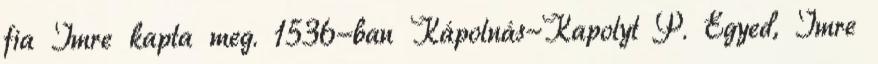
fia Imre kapta meg. 1536-ban Kápolnás-Kapolyt P. Egyed, Imre